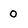
Character: o